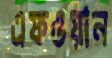
এফওয়ান